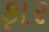
ફાર